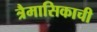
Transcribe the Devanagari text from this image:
त्रैमासिकाची